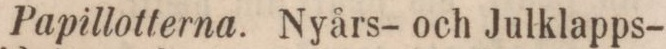
Papillotterna. Nyårs- och Julklapps-